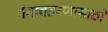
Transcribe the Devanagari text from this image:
गंगावतरणासाठी